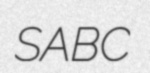
SABC